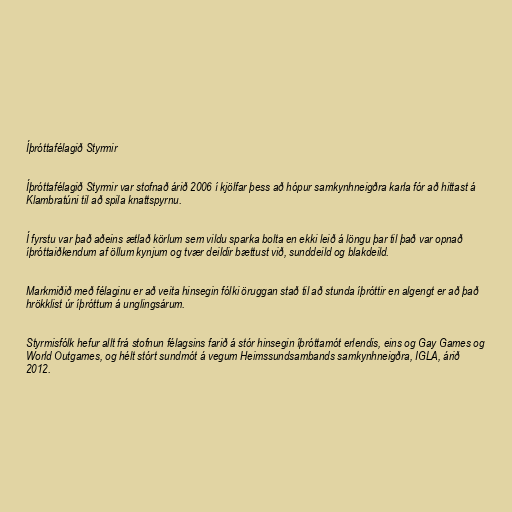
Íþróttafélagið Styrmir

Íþróttafélagið Styrmir var stofnað árið 2006 í kjölfar þess að hópur samkynhneigðra karla fór að hittast á
Klambratúni til að spila knattspyrnu.

Í fyrstu var það aðeins ætlað körlum sem vildu sparka bolta en ekki leið á löngu þar til það var opnað
íþróttaiðkendum af öllum kynjum og tvær deildir bættust við, sunddeild og blakdeild.

Markmiðið með félaginu er að veita hinsegin fólki öruggan stað til að stunda íþróttir en algengt er að það
hrökklist úr íþróttum á unglingsárum.

Styrmisfólk hefur allt frá stofnun félagsins farið á stór hinsegin íþróttamót erlendis, eins og Gay Games og
World Outgames, og hélt stórt sundmót á vegum Heimssundsambands samkynhneigðra, IGLA, árið
2012.